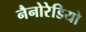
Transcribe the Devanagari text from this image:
नैनोरेडियो